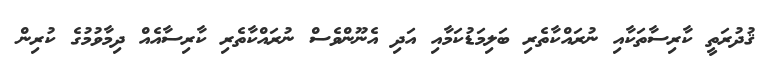
ޤުދުރަތީ ކާރިސާތަކާއި ނުރައްކާތެރި ބަލިމަޑުކަމާއި އަދި އެނޫންވެސް ނުރައްކާތެރި ކާރިސާއެއް ދިމާވުމުގެ ކުރިން